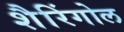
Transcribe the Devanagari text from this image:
शैरिंगोल